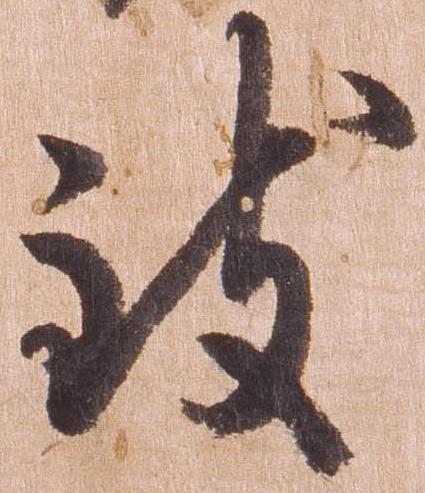
致